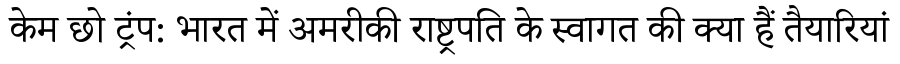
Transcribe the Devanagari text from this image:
केम छो ट्रंप: भारत में अमरीकी राष्ट्रपति के स्वागत की क्या हैं तैयारियां